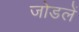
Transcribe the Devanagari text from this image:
जोडलें